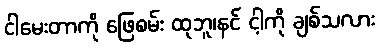
ငါမေးတာကို ဖြေစမ်း ထုဘူ၊နင် ငါ့ကို ချစ်သလား